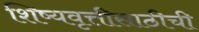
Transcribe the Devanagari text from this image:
शिष्यवृत्तीसाठीची